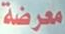
معرضة